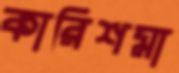
কারিশমা